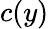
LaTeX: c(y)